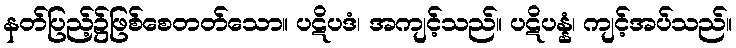
နတ်ပြည့်၌ဖြစ်စေတတ်သော။ ပဋိပဒံ၊ အကျင့်သည်။ ပဋိပန္နံ၊ ကျင့်အပ်သည်။